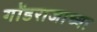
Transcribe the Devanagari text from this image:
गोंडराजाच्या